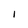
Character: I